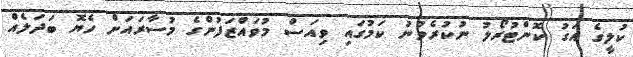
ކުލީގެ އަގު ކޮންޓުރޯލު ނުކުރެވުނު ކަމުގައި ވިއަސް މުވައްޒަފުންގެ މުސާރައަށް ހެޔޮ ބަދަލެއް